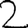
Digit: 2